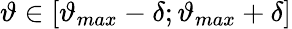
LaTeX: \vartheta\in[\vartheta_{max}-\delta;\vartheta_{max}+\delta]